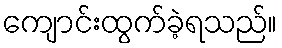
ကျောင်းထွက်ခဲ့ရသည်။